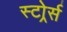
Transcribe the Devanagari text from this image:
स्टोर्र्स